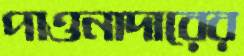
পাওনাদারের